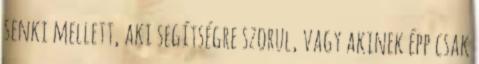
senki mellett, aki segítségre szorul, vagy akinek épp csak